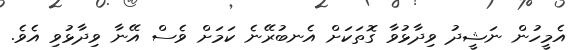
އެމީހުން ނަޝީދު ވިދާޅުވާ ގޮތަކަށް އެނބުރޭނެ ކަމަށް ވެސް އޭނާ ވިދާޅުވި އެވެ.